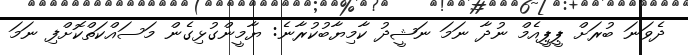
ދެވަނަ ބުރަށް ޕީޕީއެމް ނުދާ ނަމަ ނަޝީދު ކާމިޔާބުކުރާނެ: ޔާމީންގުޅިގެން މަސައްކަތްކޮށްފި ނަމަ